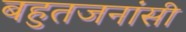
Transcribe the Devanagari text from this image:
बहुतजनांसी